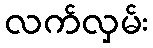
လက်လှမ်း